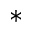
\ast